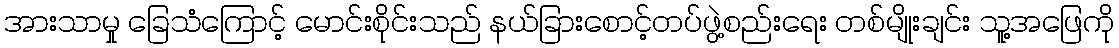
အားသာမှု ခြေသံကြောင့် မောင်းစိုင်းသည် နယ်ခြားစောင့်တပ်ဖွဲ့စည်းရေး တစ်မျိုးချင်း သူ့အဖြေကို